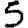
Digit: 5